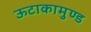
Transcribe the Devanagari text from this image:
ऊटाकामुण्ड